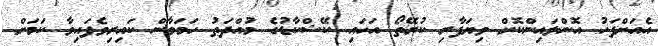
އެއަށްފަހު އޮންލައިންކޮށް ވިޔަފާރި ކުރޭތޯ އަހައި ކޭޝްކާޑުގެ މުއްދަތު ހަމަވާން ކައިރިވެފައިވާ ކަމަށް